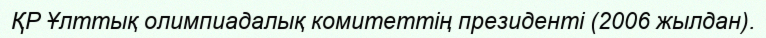
ҚР Ұлттық олимпиадалық комитеттің президенті (2006 жылдан).